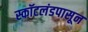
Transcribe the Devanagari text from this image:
स्कॉटलंडपासून